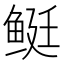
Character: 𬶓